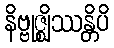
နိဗ္ဗုဇ္ဈိဿန္တိပိ